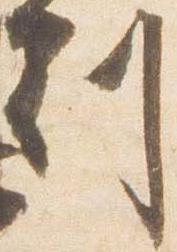
刻